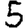
Digit: 5